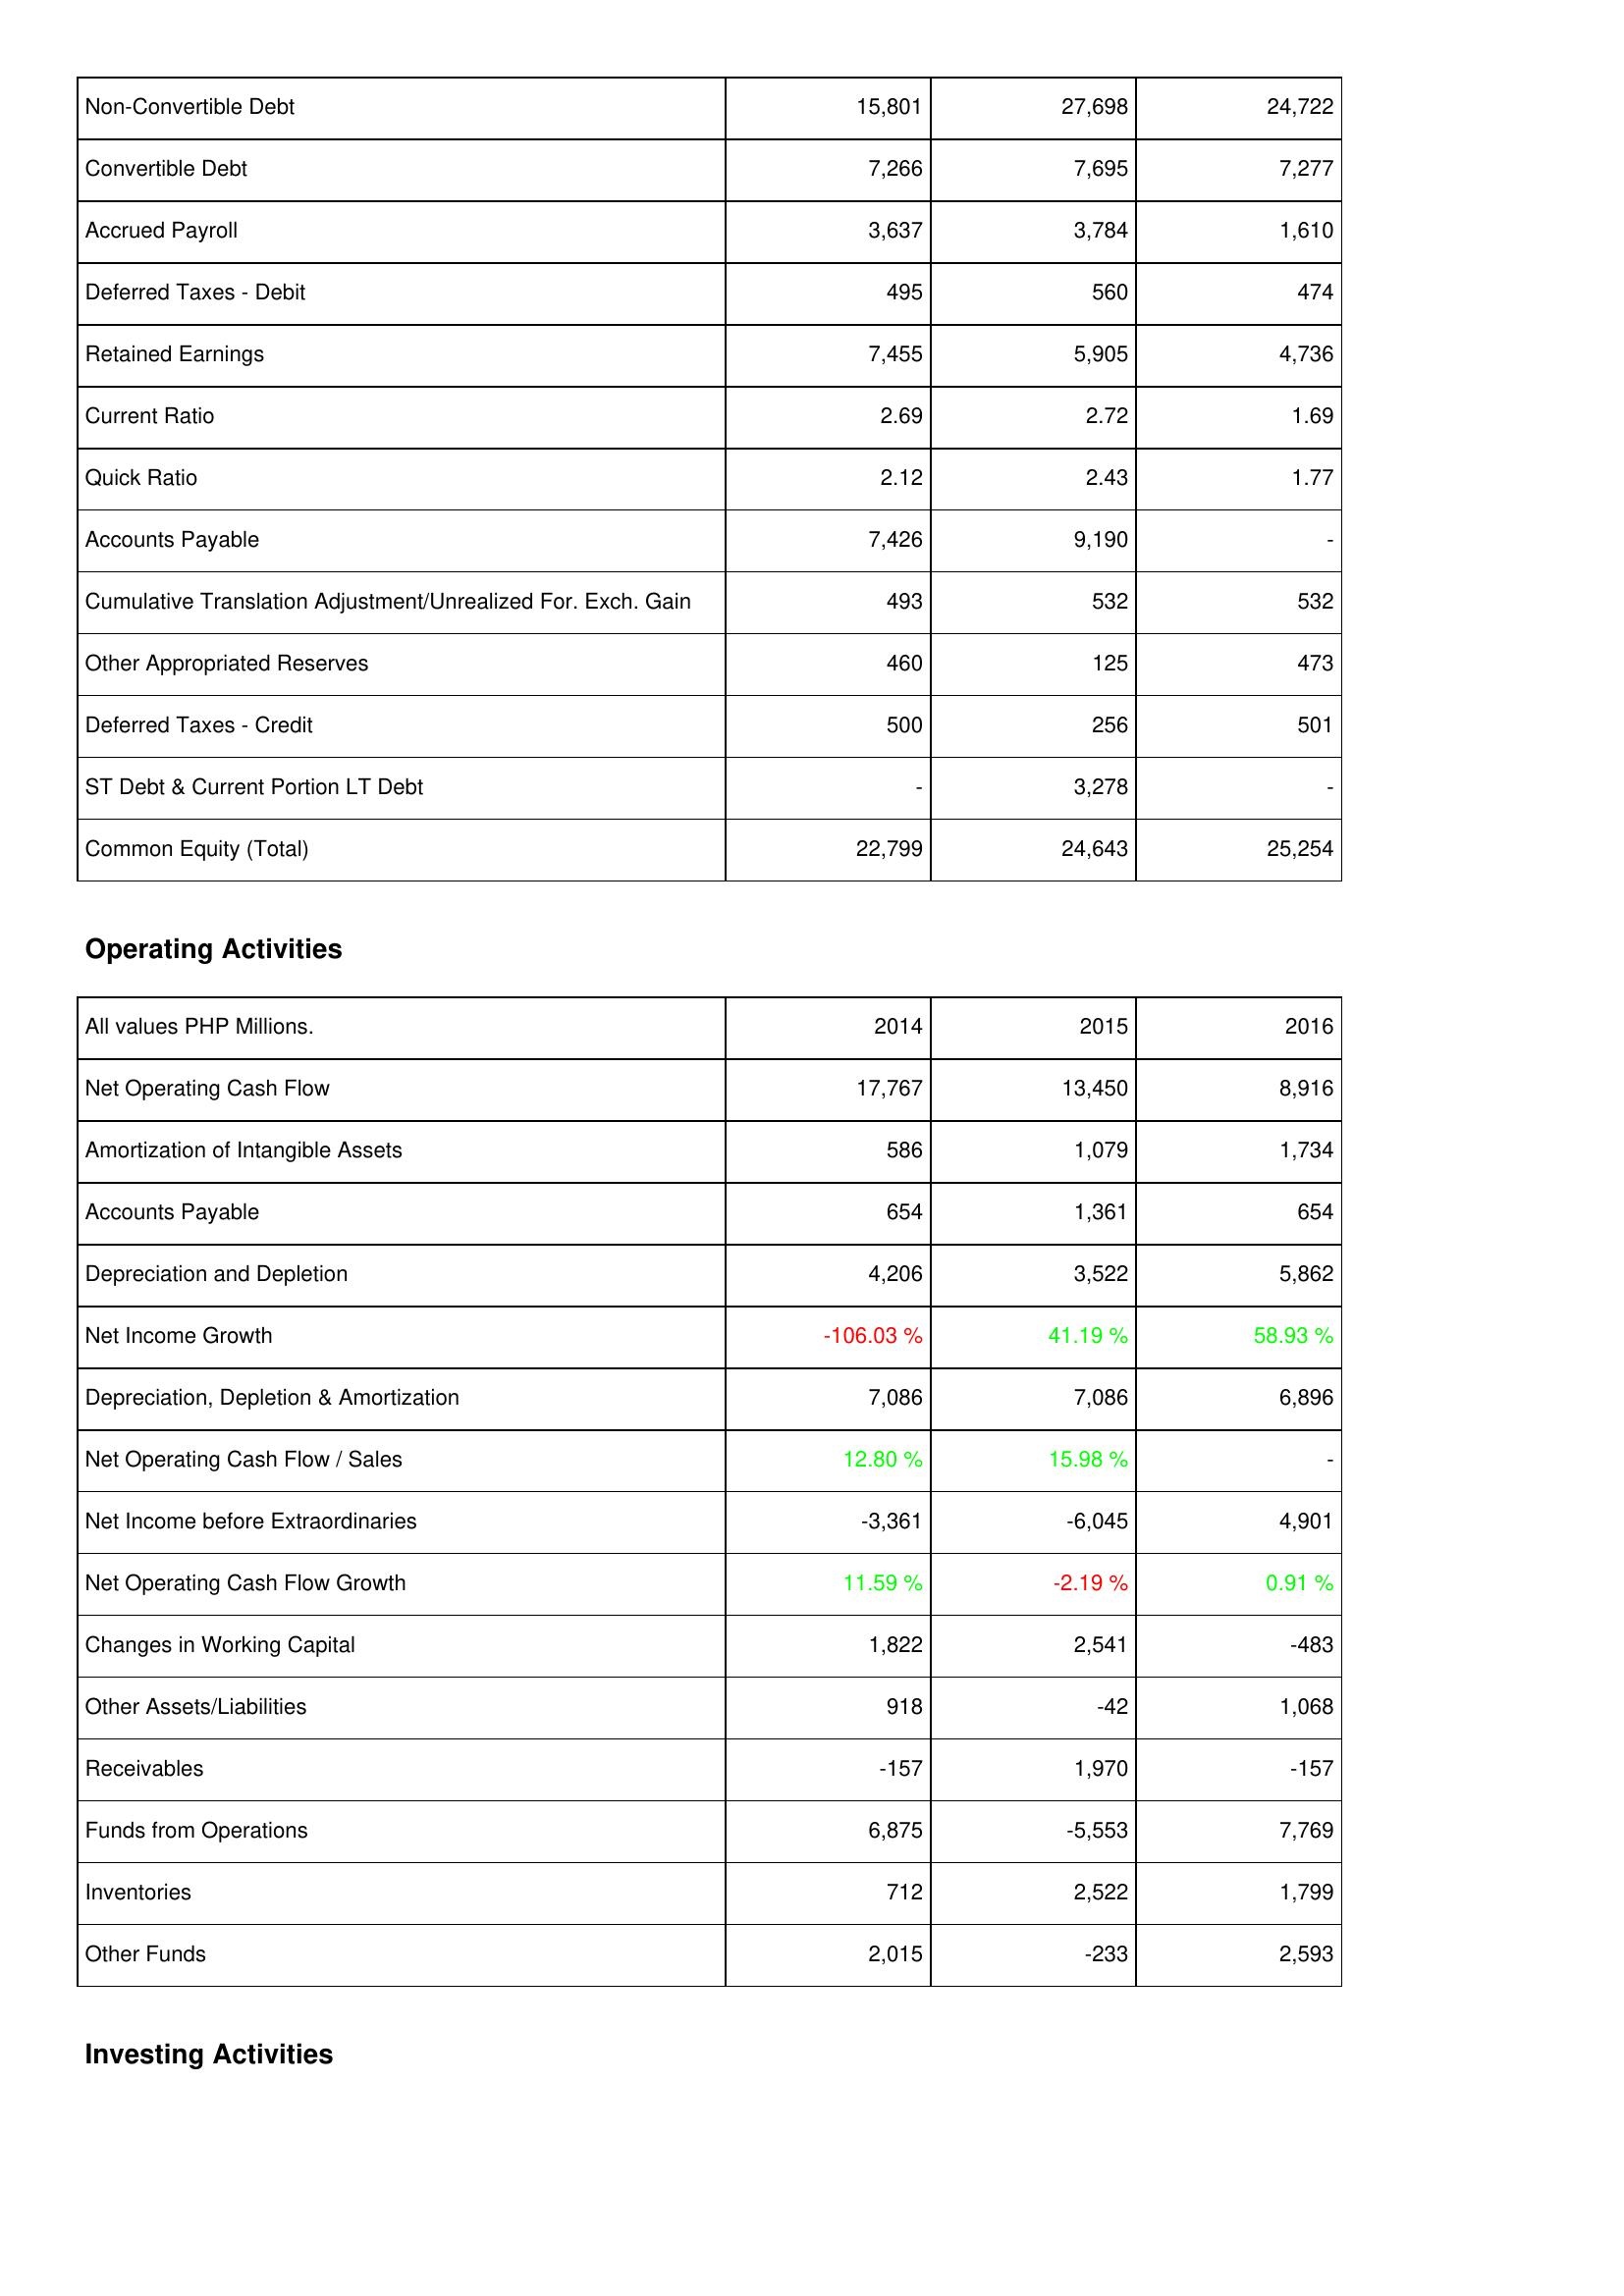
2014: Liabilities & Shareholders' Equity: Non-Convertible Debt: 15,801
Convertible Debt: 7,266
Accrued Payroll: 3,637
Deferred Taxes - Debit: 495
Retained Earnings: 7,455
Current Ratio: 2.69
Quick Ratio: 2.12
Accounts Payable: 7,426
Cumulative Translation Adjustment/Unrealized For. Exch. Gain: 493
Other Appropriated Reserves: 460
Deferred Taxes - Credit: 500
ST Debt & Current Portion LT Debt: -
Common Equity (Total): 22,799
Operating Activities: Net Operating Cash Flow: 17,767
Amortization of Intangible Assets: 586
Accounts Payable: 654
Depreciation and Depletion: 4,206
Net Income Growth: -106.03 %
Depreciation, Depletion & Amortization: 7,086
Net Operating Cash Flow / Sales: 12.80 %
Net Income before Extraordinaries: -3,361
Net Operating Cash Flow Growth: 11.59 %
Changes in Working Capital: 1,822
Other Assets/Liabilities: 918
Receivables: -157
Funds from Operations: 6,875
Inventories: 712
Other Funds: 2,015
2015: Liabilities & Shareholders' Equity: Non-Convertible Debt: 27,698
Convertible Debt: 7,695
Accrued Payroll: 3,784
Deferred Taxes - Debit: 560
Retained Earnings: 5,905
Current Ratio: 2.72
Quick Ratio: 2.43
Accounts Payable: 9,190
Cumulative Translation Adjustment/Unrealized For. Exch. Gain: 532
Other Appropriated Reserves: 125
Deferred Taxes - Credit: 256
ST Debt & Current Portion LT Debt: 3,278
Common Equity (Total): 24,643
Operating Activities: Net Operating Cash Flow: 13,450
Amortization of Intangible Assets: 1,079
Accounts Payable: 1,361
Depreciation and Depletion: 3,522
Net Income Growth: 41.19 %
Depreciation, Depletion & Amortization: 7,086
Net Operating Cash Flow / Sales: 15.98 %
Net Income before Extraordinaries: -6,045
Net Operating Cash Flow Growth: -2.19 %
Changes in Working Capital: 2,541
Other Assets/Liabilities: -42
Receivables: 1,970
Funds from Operations: -5,553
Inventories: 2,522
Other Funds: -233
2016: Liabilities & Shareholders' Equity: Non-Convertible Debt: 24,722
Convertible Debt: 7,277
Accrued Payroll: 1,610
Deferred Taxes - Debit: 474
Retained Earnings: 4,736
Current Ratio: 1.69
Quick Ratio: 1.77
Accounts Payable: -
Cumulative Translation Adjustment/Unrealized For. Exch. Gain: 532
Other Appropriated Reserves: 473
Deferred Taxes - Credit: 501
ST Debt & Current Portion LT Debt: -
Common Equity (Total): 25,254
Operating Activities: Net Operating Cash Flow: 8,916
Amortization of Intangible Assets: 1,734
Accounts Payable: 654
Depreciation and Depletion: 5,862
Net Income Growth: 58.93 %
Depreciation, Depletion & Amortization: 6,896
Net Operating Cash Flow / Sales: -
Net Income before Extraordinaries: 4,901
Net Operating Cash Flow Growth: 0.91 %
Changes in Working Capital: -483
Other Assets/Liabilities: 1,068
Receivables: -157
Funds from Operations: 7,769
Inventories: 1,799
Other Funds: 2,593